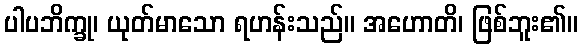
ပါပဘိက္ခု၊ ယုတ်မာသော ရဟန်းသည်။ အဟောတိ၊ ဖြစ်ဘူး၏။